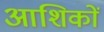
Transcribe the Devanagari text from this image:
आशिकों